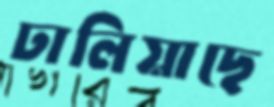
ঢালিয়াছে